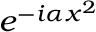
e ^ { - i \alpha x ^ { 2 } }